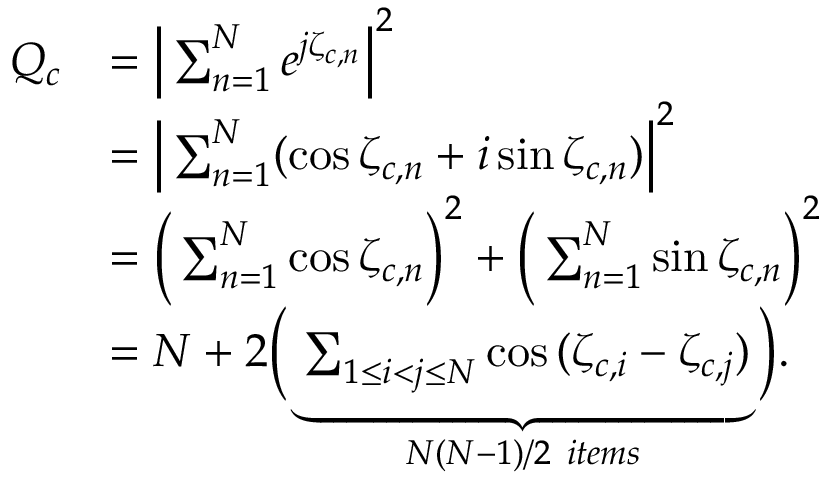
\begin{array} { r l } { Q _ { c } } & { = \Big | \sum _ { n = 1 } ^ { N } e ^ { j \zeta _ { c , n } } \Big | ^ { 2 } } \\ & { = \Big | \sum _ { n = 1 } ^ { N } ( \cos { \zeta _ { c , n } } + i \sin { \zeta _ { c , n } } ) \Big | ^ { 2 } } \\ & { = \Big ( \sum _ { n = 1 } ^ { N } \cos { \zeta _ { c , n } } \Big ) ^ { 2 } + \Big ( \sum _ { n = 1 } ^ { N } \sin { \zeta _ { c , n } } \Big ) ^ { 2 } } \\ & { = N + 2 \Big ( \underbrace { \sum _ { 1 \leq i < j \leq N } \cos { ( \zeta _ { c , i } - \zeta _ { c , j } ) } } _ { N ( N - 1 ) / 2 ~ i t e m s } \Big ) . } \end{array}